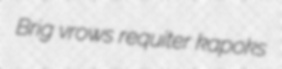
Brig vrows requiter kapoks